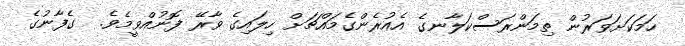
ހަމަކަށަވަރުން ތިމަންރަސްކަލާނގެ އެއުރެންގެމައްޗަށް ހިލައިގެ ވާރޭ ފޮނުއްވީމެވެ.  ގެފާނުގެ